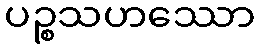
ပဉ္စသဟဿော